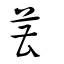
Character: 蓸